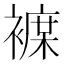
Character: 𲁂